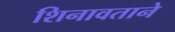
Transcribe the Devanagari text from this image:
शिनावताने